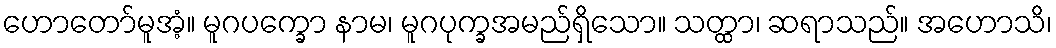
ဟောတော်မူအံ့။ မူဂပက္ခော နာမ၊ မူဂပုက္ခအမည်ရှိသော။ သတ္ထာ၊ ဆရာသည်။ အဟောသိ၊